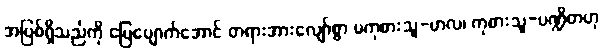
အပြစ်ရှိသည်ကို ပြေပျောက်အောင် တရားအားလျော်စွာ မကုစားသူ-ဗာလ၊ ကုစားသူ-ပဏ္ဍိတဟု